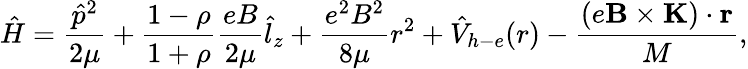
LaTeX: \hat{H}=\frac{{\hat{p}}^{2}}{2\mu}+\frac{1-\rho}{1+\rho}\frac{eB}{2\mu}{\hat{l}}_{z}+\frac{e^{2}B^{2}}{8\mu}r^{2}+{\hat{V}}_{h-e}(r)-\frac{\left(e\mathbf{B}\times\mathbf{K}\right)\cdot\mathbf{r}}{M},